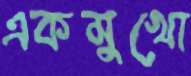
একমুখো